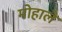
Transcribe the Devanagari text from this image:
मोहाले